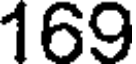
169